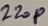
Text: 220P